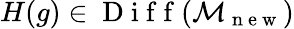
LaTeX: H(g)\in\mathrm{~D~i~f~f~}(\mathcal{M}_{\mathrm{~n~e~w~}})